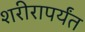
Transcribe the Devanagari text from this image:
शरीरापर्यंत